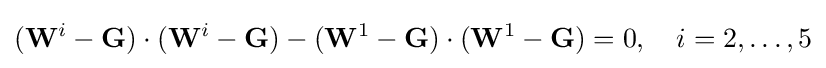
(\mathbf {W} ^{i}-\mathbf {G} )\cdot (\mathbf {W} ^{i}-\mathbf {G} )-(\mathbf {W} ^{1}-\mathbf {G} )\cdot (\mathbf {W} ^{1}-\mathbf {G} )=0,\quad i=2,\ldots ,5